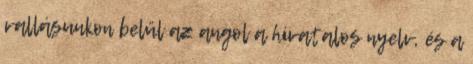
vallásunkon belül az angol a hivatalos nyelv, és a